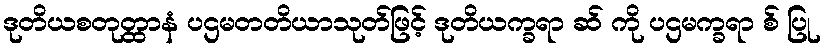
ဒုတိယစတုတ္ထာနံ ပဌမတတိယာသုတ်ဖြင့် ဒုတိယက္ခရာ ဆ် ကို ပဌမက္ခရာ စ် ပြု